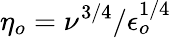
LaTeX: \eta_{o}=\nu^{3/4}/\epsilon_{o}^{1/4}